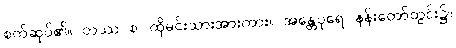
စက်ဆုပ်၏။ တဿ စ၊ ထိုမင်းသားအားကား။ အန္တေပုရေ၊ နန်းတော်တွင်း၌။